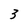
Character: 3